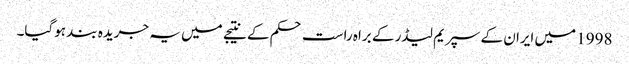
1998 میں ایران کے سپریم لیڈر کے براہ راست حکم کے نتیجے میں یہ جریدہ بند ہوگیا۔